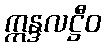
ဣန္ဒလဋ္ဌီဝ